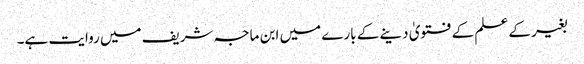
بغیر کے علم کے فتویٰ دینے کے بارے میں ابن ماجہ شریف میں روایت ہے۔